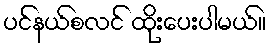
ပင်နယ်စလင် ထိုးပေးပါမယ်။